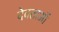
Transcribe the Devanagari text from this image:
देवताऑं